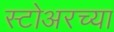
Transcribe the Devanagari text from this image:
स्टोअरच्या